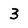
Character: 3